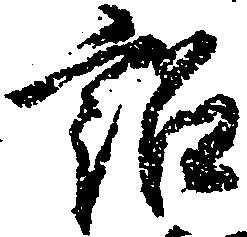
訟